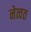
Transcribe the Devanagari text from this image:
नेत्वत